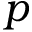
p